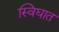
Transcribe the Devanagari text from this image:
स्विघात